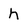
Character: h